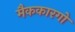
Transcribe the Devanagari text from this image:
मैककारगो